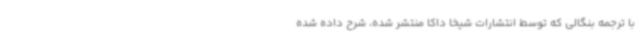
با ترجمه بنگالی که توسط انتشارات شیخا داکا منتشر شده، شرح داده شده